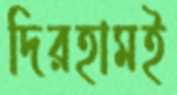
দিরহামই